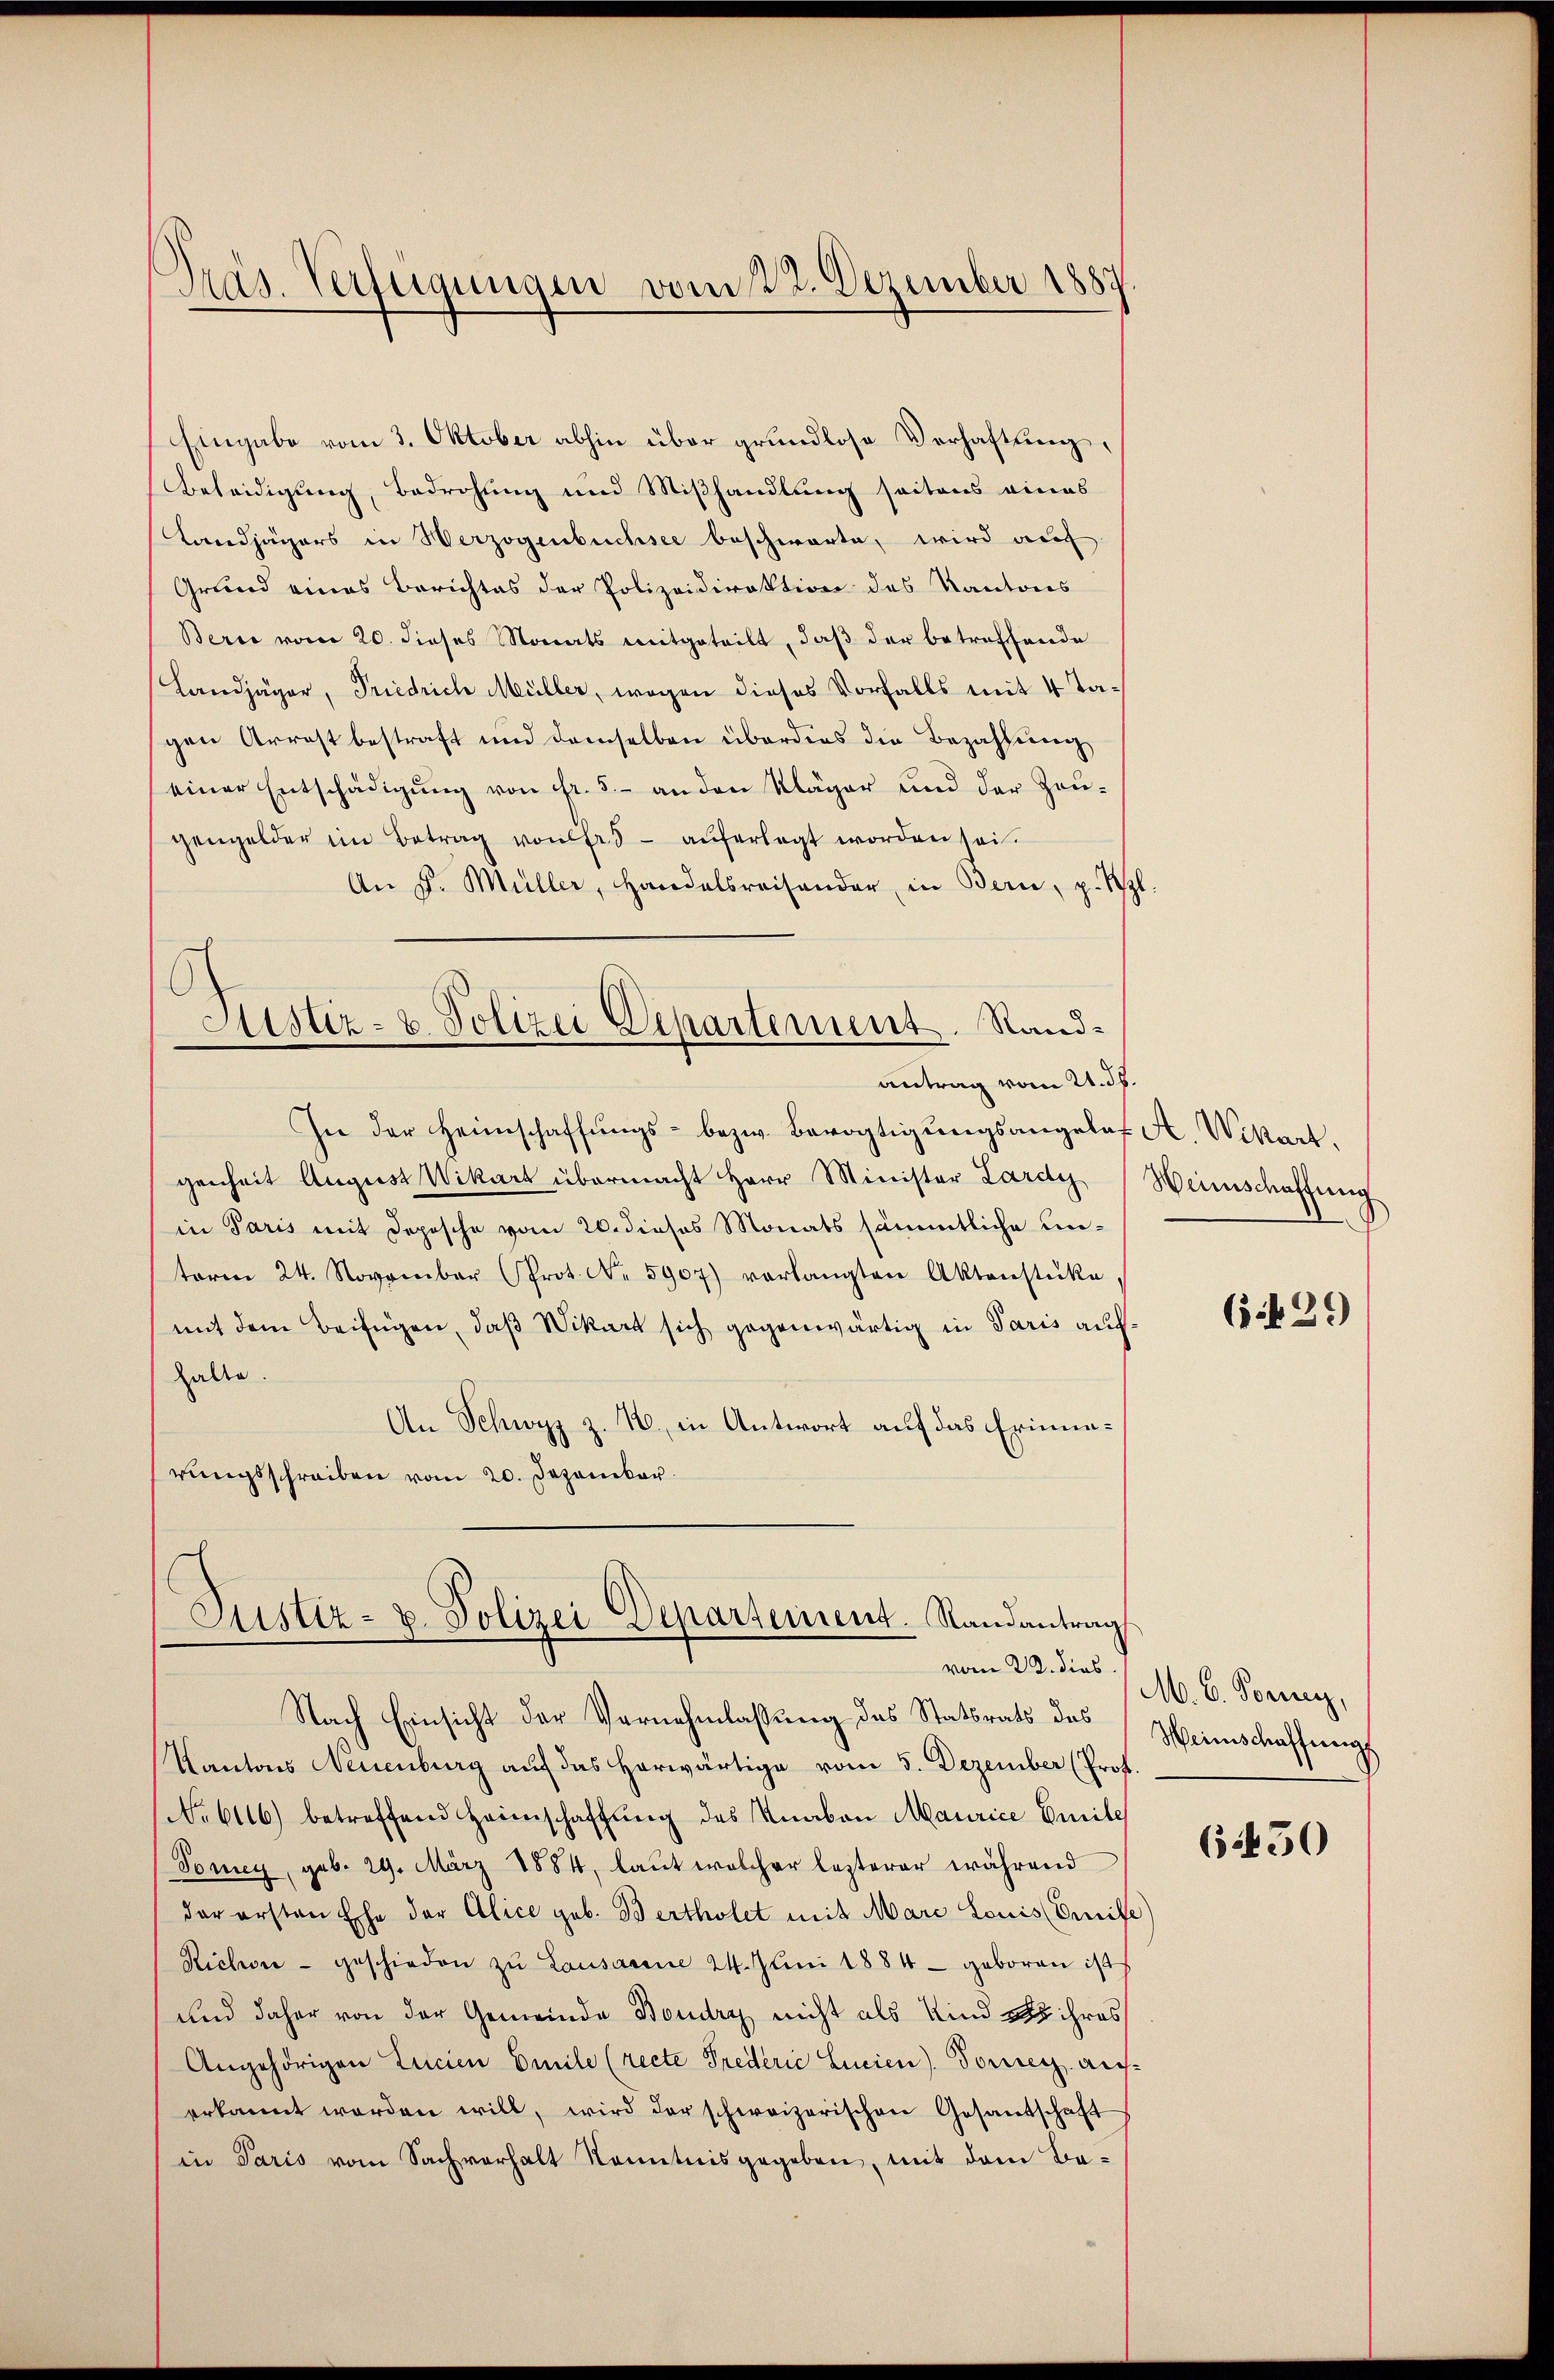
Präs. Verfügungen vom 23. Dezember 1887

Eingabe vom 3. Oktober abhin über grundlose Verhaftung,
Beleidigung, Bedrohung und Mißhandlung seitens eines
Landjägers in Herzogenbuchsee beschwarte, wird auf
Grund eines Berichtes der Polizeidirektion des Kantons
Berce vom 20. dieses Monats mitgeteilt, daβ der betreffende
Landjäger, Priedrich Müller, wegen dieses Vorfalls mit 4 Tagen Arrost bestraft und demselben überdies die Bezahlung
einer Entschädigŭng von fr. 5.- an den Kläger und der Zeŭ-
gengelder im Betrag von fr. 5 - auferlegt worden sei.
An F. Müller, Handelsreisander in Bern, p. Szl.
Sistiz- u. Polizei Departement. Randantrag vom 21. ds.
In der Heimschaffungs- bezw. Bevogtigungsangeles A. Wikart,
genheit August Wikart übermacht Herr Minister Lardy (Weinschaffung
in Paris mit Depesche vom 26. dieses Monats sämmtliche unterm 24. November Prot. Nr. 5907) verlangten Aktenstücke,
mit dem Beifügen, daß Wikart sich gegenwärtig in Paris aufhalte.
An Schwyz z. B. in Antwort auf das Erinnerungsschreiben vom 20. Dezember.

Justiz- u. Polizei Departement. Randantrag

Nach Einsicht der Vernehmlaßung des Statsrats des Weinschaffungs
Kantons Neuenburg auf das herwärtige vom 5. Dezember (Prof.
No 6116) betreffend Heimschaffung des Knaben Maurice Emile
Voney, geb. 29. März 1884, laut welcher lezterer während
der ersten Ehe der Alice geb. Bertholet mit Marc Louis Crite
Richen - geschieden zŭ Lausanne 24. Jŭni 1884 - geboren ist
und daher von der Gemeinde Boudry nicht als Kind es ihres
Angehörigen Licien Emile (recte Prederić Lucien). Torrer auf
erkannt worden will, wird der schweizerischen Gesantschaft
in Paris vom Sachverhalt Kenntnisgegeben, mit dem Be¬

(1429)

vom 22. dies / M. B. Forrenz,

6450